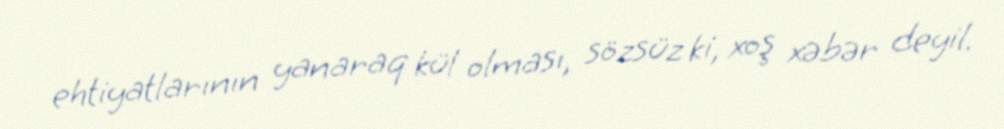
ehtiyatlarının yanaraq kül olması, sözsüz ki, xoş xəbər deyil.